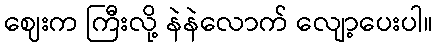
ဈေးက ကြီးလို့ နဲနဲလောက် လျော့ပေးပါ။